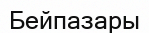
Бейпазары